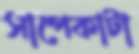
সাপেকাটা